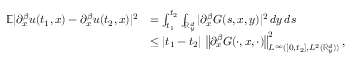
\begin{array} { r l } { \mathbb { E } | { \partial } _ { x } ^ { \beta } u ( t _ { 1 } , x ) - { \partial } _ { x } ^ { \beta } u ( t _ { 2 } , x ) | ^ { 2 } } & { = \int _ { t _ { 1 } } ^ { t _ { 2 } } \int _ { \mathbb R _ { y } ^ { d } } | { \partial } _ { x } ^ { \beta } G ( s , x , y ) | ^ { 2 } \, d y \, d s } \\ & { \leq | t _ { 1 } - t _ { 2 } | \, \left\lVert { \partial } _ { x } ^ { \beta } G ( \cdot , x , \cdot ) \right\rVert _ { L ^ { \infty } ( [ 0 , t _ { 2 } ] , L ^ { 2 } ( \mathbb R _ { y } ^ { d } ) ) } ^ { 2 } , } \end{array}